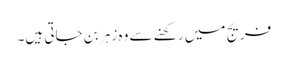
فریج میں رکھنے سے وہ زہر بن جاتی ہیں۔